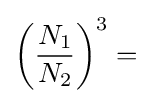
\left({\frac {N_{1}}{N_{2}}}\right)^{3}=